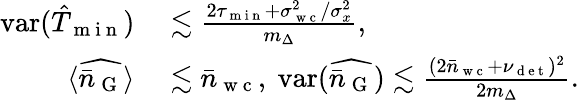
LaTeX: \begin{array}{rl}{\mathrm{var}(\hat{T}_{\mathrm{~m~i~n~}})}&{{}\lesssim\frac{2\tau_{\mathrm{~m~i~n~}}+\sigma_{\mathrm{~w~c~}}^{2}/\sigma_{x}^{2}}{m_{\Delta}},}\\ {\langle\widehat{\bar{n}_{\mathrm{~G~}}}\rangle}&{{}\lesssim\bar{n}_{\mathrm{~w~c~}},~\mathrm{var}(\widehat{\bar{n}_{\mathrm{~G~}}})\lesssim\frac{(2\bar{n}_{\mathrm{~w~c~}}+\nu_{\mathrm{~d~e~t~}})^{2}}{2m_{\Delta}}.}\end{array}